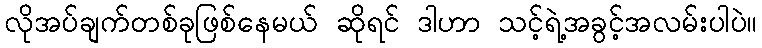
လိုအပ်ချက်တစ်ခုဖြစ်နေမယ် ဆိုရင် ဒါဟာ သင့်ရဲ့အခွင့်အလမ်းပါပဲ။